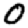
Digit: 0